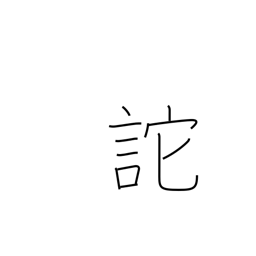
Meaning: delude